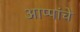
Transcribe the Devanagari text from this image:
आप्पांचे